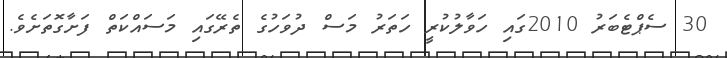
30 ސެޕްޓެބަރު 2010ގައި ހަވާލުކުރީ ހަތަރު މަސް ދުވަހުގެ ތެރޭގައި މަސައްކަތް ފަށާގޮތަށެވެ.